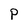
Character: P